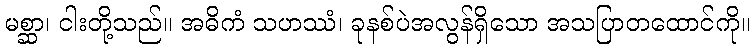
မစ္ဆာ၊ ငါးတို့သည်။ အဓိကံ သဟဿံ၊ ခုနစ်ပဲအလွန်ရှိသော အသပြာတထောင်ကို။